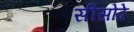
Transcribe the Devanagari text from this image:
सीसोदे